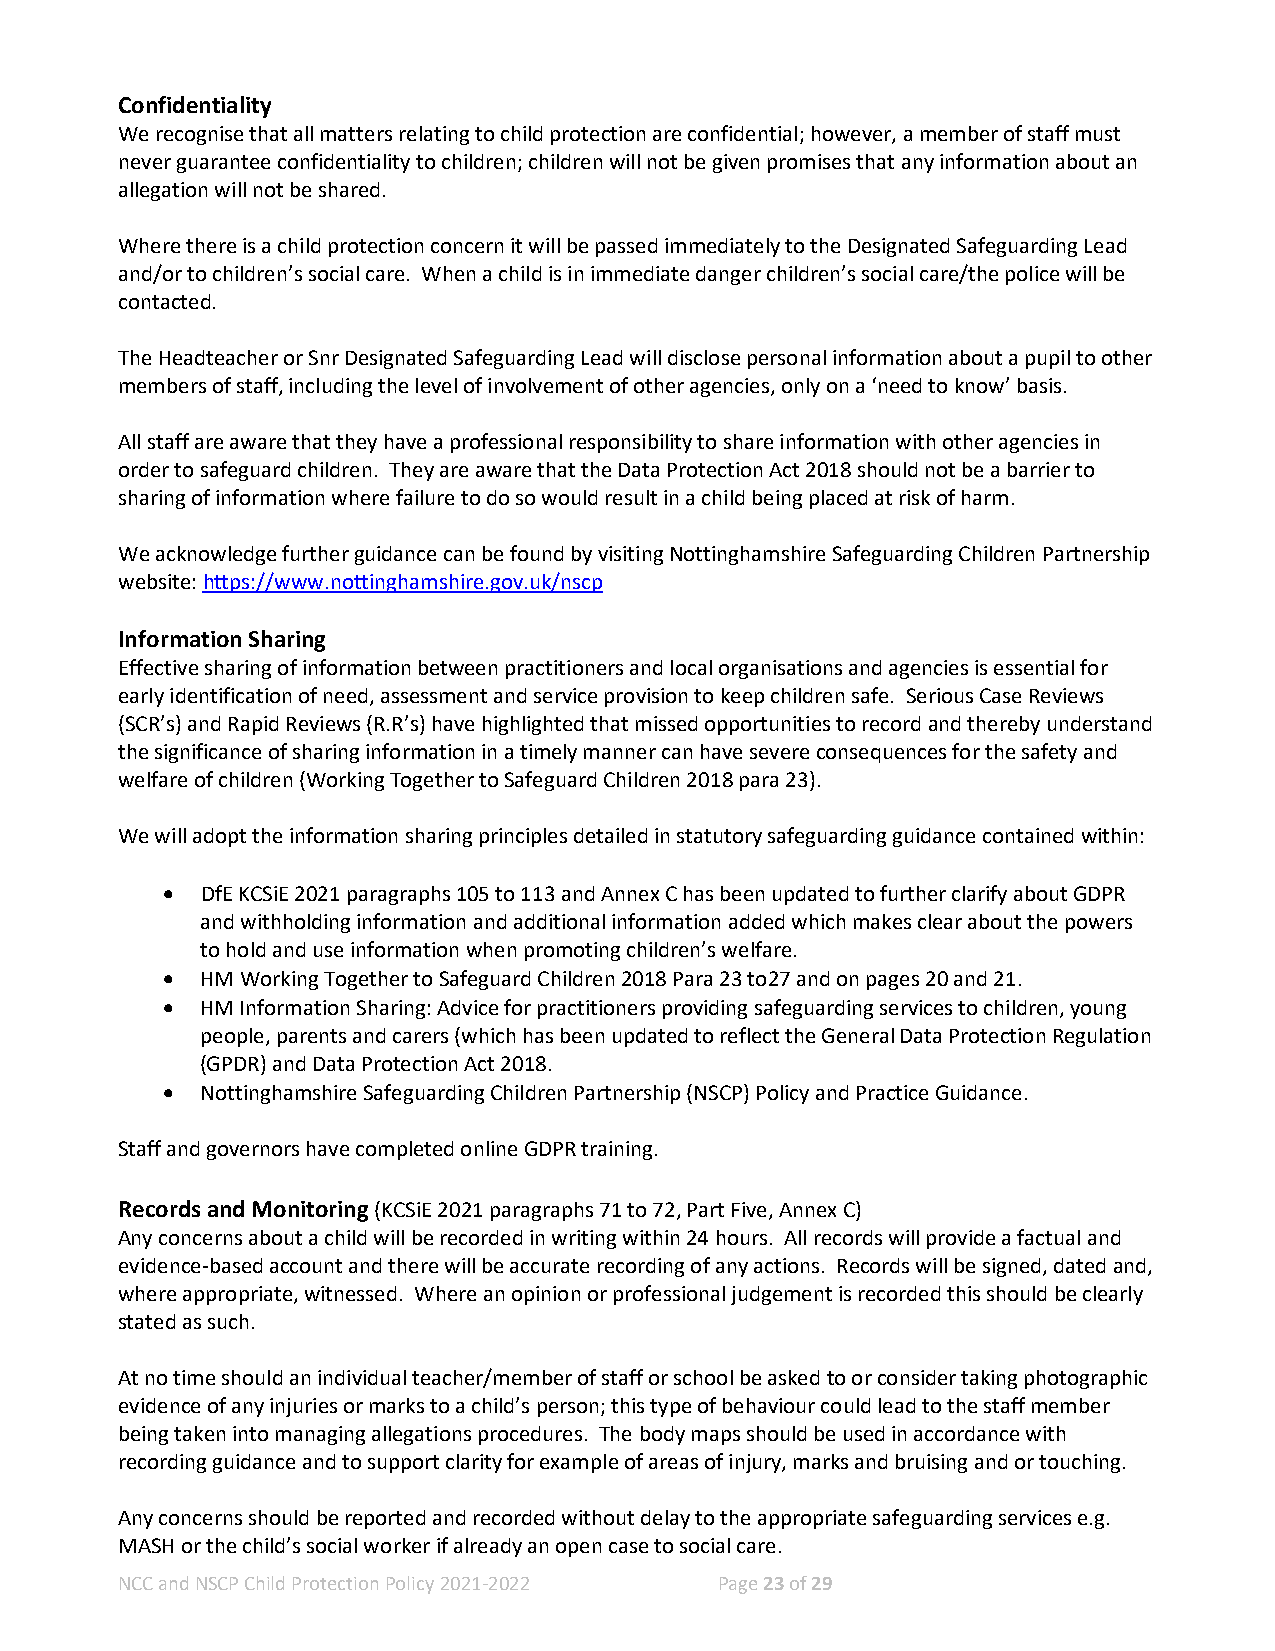
Confidentiality
 We recognise that all matters relating to child protection are confidential; however, a member of staff must
 never guarantee confidentiality to children; children will not be given promises that any information about an
 allegation will not be shared.
 Where there is a child protection concern it will be passed immediately to the Designated Safeguarding Lead
 and/or to children’s social care. When a child is in immediate danger children’s social care/the police will be
 contacted.
 The Headteacher or Snr Designated Safeguarding Lead will disclose personal information about a pupil to other
 members of staff, including the level of involvement of other agencies, only on a ‘need to know’ basis.
 All staff are aware that they have a professional responsibility to share information with other agencies in
 order to safeguard children. They are aware that the Data Protection Act 2018 should not be a barrier to
 sharing of information where failure to do so would result in a child being placed at risk of harm.
 We acknowledge further guidance can be found by visiting Nottinghamshire Safeguarding Children Partnership
 website: https://www.nottinghamshire.gov.uk/nscp
 Information Sharing
 Effective sharing of information between practitioners and local organisations and agencies is essential for
 early identification of need, assessment and service provision to keep children safe. Serious Case Reviews
 (SCR’s) and Rapid Reviews (R.R’s) have highlighted that missed opportunities to record and thereby understand
 the significance of sharing information in a timely manner can have severe consequences for the safety and
 welfare of children (Working Together to Safeguard Children 2018 para 23).
 We will adopt the information sharing principles detailed in statutory safeguarding guidance contained within:
 • DfE KCSiE 2021 paragraphs 105 to 113 and Annex C has been updated to further clarify about GDPR
 and withholding information and additional information added which makes clear about the powers
 to hold and use information when promoting children’s welfare.
 • HM Working Together to Safeguard Children 2018 Para 23 to27 and on pages 20 and 21.
 • HM Information Sharing: Advice for practitioners providing safeguarding services to children, young
 people, parents and carers (which has been updated to reflect the General Data Protection Regulation
 (GPDR) and Data Protection Act 2018.
 • Nottinghamshire Safeguarding Children Partnership (NSCP) Policy and Practice Guidance.
 Staff and governors have completed online GDPR training.
 Records and Monitoring (KCSiE 2021 paragraphs 71 to 72, Part Five, Annex C)
 Any concerns about a child will be recorded in writing within 24 hours. All records will provide a factual and
 evidence-based account and there will be accurate recording of any actions. Records will be signed, dated and,
 where appropriate, witnessed. Where an opinion or professional judgement is recorded this should be clearly
 stated as such.
 At no time should an individual teacher/member of staff or school be asked to or consider taking photographic
 evidence of any injuries or marks to a child’s person; this type of behaviour could lead to the staff member
 being taken into managing allegations procedures. The body maps should be used in accordance with
 recording guidance and to support clarity for example of areas of injury, marks and bruising and or touching.
 Any concerns should be reported and recorded without delay to the appropriate safeguarding services e.g.
 MASH or the child’s social worker if already an open case to social care.
 NCC and NSCP Child Protection Policy 2021-2022 Page 23 of 29